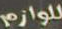
للوازم